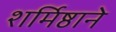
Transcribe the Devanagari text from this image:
शर्मिष्ठाने